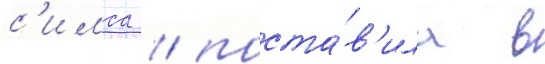
с'имса / поста́в'ила в